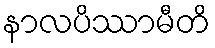
နာလပိဿာမီတိ